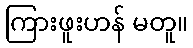
ကြားဖူးဟန် မတူ။